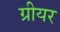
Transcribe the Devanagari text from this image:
ग्रीयर